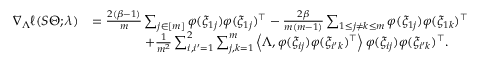
\begin{array} { r l } { \nabla _ { \Lambda } \ell ( S \Theta ; \lambda ) } & { = \frac { 2 ( \beta - 1 ) } { m } \sum _ { j \in [ m ] } \varphi ( \xi _ { 1 j } ) \varphi ( \xi _ { 1 j } ) ^ { \top } - \frac { 2 \beta } { m ( m - 1 ) } \sum _ { 1 \leq j \neq k \leq m } \varphi ( \xi _ { 1 j } ) \varphi ( \xi _ { 1 k } ) ^ { \top } } \\ & { \qquad \qquad + \frac { 1 } { m ^ { 2 } } \sum _ { i , i ^ { \prime } = 1 } ^ { 2 } \sum _ { j , k = 1 } ^ { m } \left\langle \Lambda , \varphi ( \xi _ { i j } ) \varphi ( \xi _ { i ^ { \prime } k } ) ^ { \top } \right\rangle \varphi ( \xi _ { i j } ) \varphi ( \xi _ { i ^ { \prime } k } ) ^ { \top } . } \end{array}